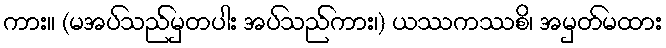
ကား။ (မအပ်သည်မှတပါး အပ်သည်ကား၊) ယဿကဿစိ၊ အမှတ်မထား